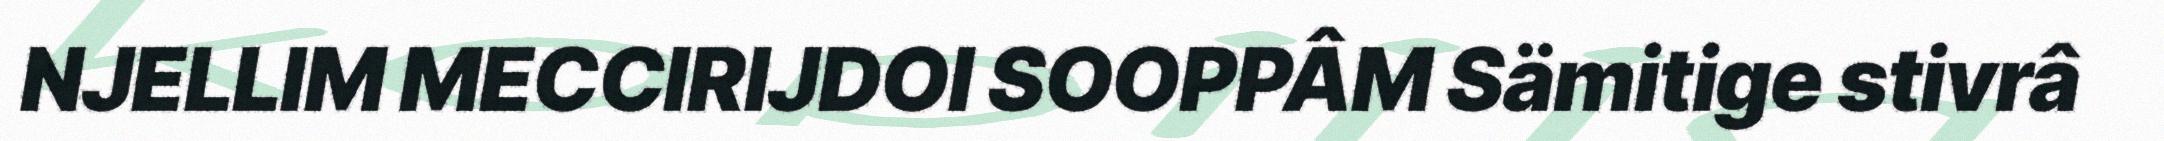
NJELLIM MECCIRIJDOI SOOPPÂM Sämitige stivrâ